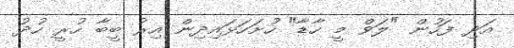
އަދި ފަހުން "ލަވް މީ ހާޑާ" ހުށަހަޅައިދިން އިރު ބީބާ ހުރީ ހުދު